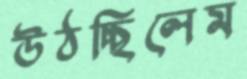
উঠচ্ছিলেম